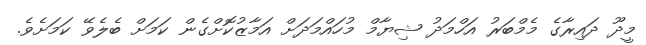
މީދޫ ދައިރާގެ މެމްބަރު އަހްމަދު ޝިޔާމް މުހައްމަދަށް އަމާޒުކޮށްގެން ކަމަށް ބެލެވޭ ކަމަށެވެ.